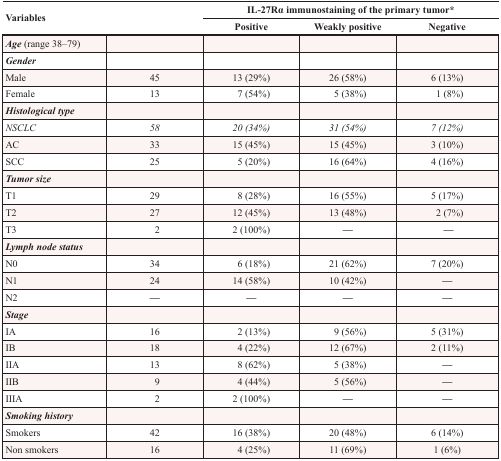
<table><thead><tr><td rowspan="2" colspan="2"><b>Variables</b></td><td colspan="3"><b>IL-27Rα immunostaining of the primary tumor*</b></td></tr><tr><td><b>Positive</b></td><td><b>Weakly positive</b></td><td><b>Negative</b></td></tr></thead><tbody><tr><td><b><i>Age</i></b> (range 38–79)</td><td></td><td></td><td></td><td></td></tr><tr><td><b><i>Gender</i></b></td><td></td><td></td><td></td><td></td></tr><tr><td>Male</td><td>45</td><td>13 (29%)</td><td>26 (58%)</td><td>6 (13%)</td></tr><tr><td>Female</td><td>13</td><td>7 (54%)</td><td>5 (38%)</td><td>1 (8%)</td></tr><tr><td><b><i>Histological type</i></b></td><td></td><td></td><td></td><td></td></tr><tr><td><i>NSCLC</i></td><td><i>58</i></td><td><i>20 (34%)</i></td><td><i>31 (54%)</i></td><td><i>7 (12%)</i></td></tr><tr><td>AC</td><td>33</td><td>15 (45%)</td><td>15 (45%)</td><td>3 (10%)</td></tr><tr><td>SCC</td><td>25</td><td>5 (20%)</td><td>16 (64%)</td><td>4 (16%)</td></tr><tr><td><b><i>Tumor size</i></b></td><td></td><td></td><td></td><td></td></tr><tr><td>T1</td><td>29</td><td>8 (28%)</td><td>16 (55%)</td><td>5 (17%)</td></tr><tr><td>T2</td><td>27</td><td>12 (45%)</td><td>13 (48%)</td><td>2 (7%)</td></tr><tr><td>T3</td><td>2</td><td>2 (100%)</td><td>—</td><td>—</td></tr><tr><td><b><i>Lymph node status</i></b></td><td></td><td></td><td></td><td></td></tr><tr><td>N0</td><td>34</td><td>6 (18%)</td><td>21 (62%)</td><td>7 (20%)</td></tr><tr><td>N1</td><td>24</td><td>14 (58%)</td><td>10 (42%)</td><td>—</td></tr><tr><td>N2</td><td>—</td><td>—</td><td>—</td><td>—</td></tr><tr><td><b><i>Stage</i></b></td><td></td><td></td><td></td><td></td></tr><tr><td>IA</td><td>16</td><td>2 (13%)</td><td>9 (56%)</td><td>5 (31%)</td></tr><tr><td>IB</td><td>18</td><td>4 (22%)</td><td>12 (67%)</td><td>2 (11%)</td></tr><tr><td>IIA</td><td>13</td><td>8 (62%)</td><td>5 (38%)</td><td>—</td></tr><tr><td>IIB</td><td>9</td><td>4 (44%)</td><td>5 (56%)</td><td>—</td></tr><tr><td>IIIA</td><td>2</td><td>2 (100%)</td><td>—</td><td>—</td></tr><tr><td><b><i>Smoking history</i></b></td><td></td><td></td><td></td><td></td></tr><tr><td>Smokers</td><td>42</td><td>16 (38%)</td><td>20 (48%)</td><td>6 (14%)</td></tr><tr><td>Non smokers</td><td>16</td><td>4 (25%)</td><td>11 (69%)</td><td>1 (6%)</td></tr></tbody></table>